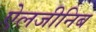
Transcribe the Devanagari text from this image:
ऐलजीनिब